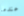
عندما